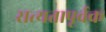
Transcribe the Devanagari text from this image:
सत्यतापूर्वक